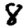
Digit: 8